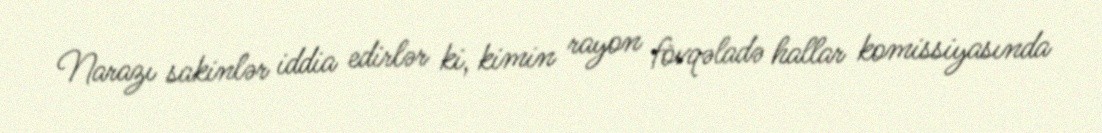
Narazı sakinlər iddia edirlər ki, kimin rayon fövqəladə hallar komissiyasında